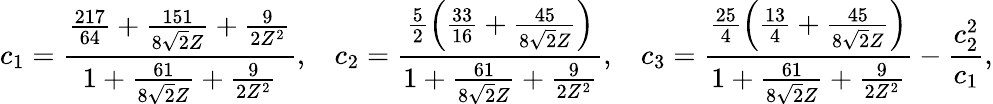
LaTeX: c_{1}=\frac{\frac{217}{64}+\frac{151}{8\sqrt{2}Z}+\frac{9}{2Z^{2}}}{1+\frac{61}{8\sqrt{2}Z}+\frac{9}{2Z^{2}}},\: \: \: \: c_{2}=\frac{\frac{5}{2}\left(\frac{33}{16}+\frac{45}{8\sqrt{2}Z}\right)}{1+\frac{61}{8\sqrt{2}Z}+\frac{9}{2Z^{2}}},\: \: \: \: c_{3}=\frac{\frac{25}{4}\left(\frac{13}{4}+\frac{45}{8\sqrt{2}Z}\right)}{1+\frac{61}{8\sqrt{2}Z}+\frac{9}{2Z^{2}}}-\frac{c_{2}^{2}}{c_{1}},